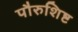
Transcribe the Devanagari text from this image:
पौरुशिष्ट